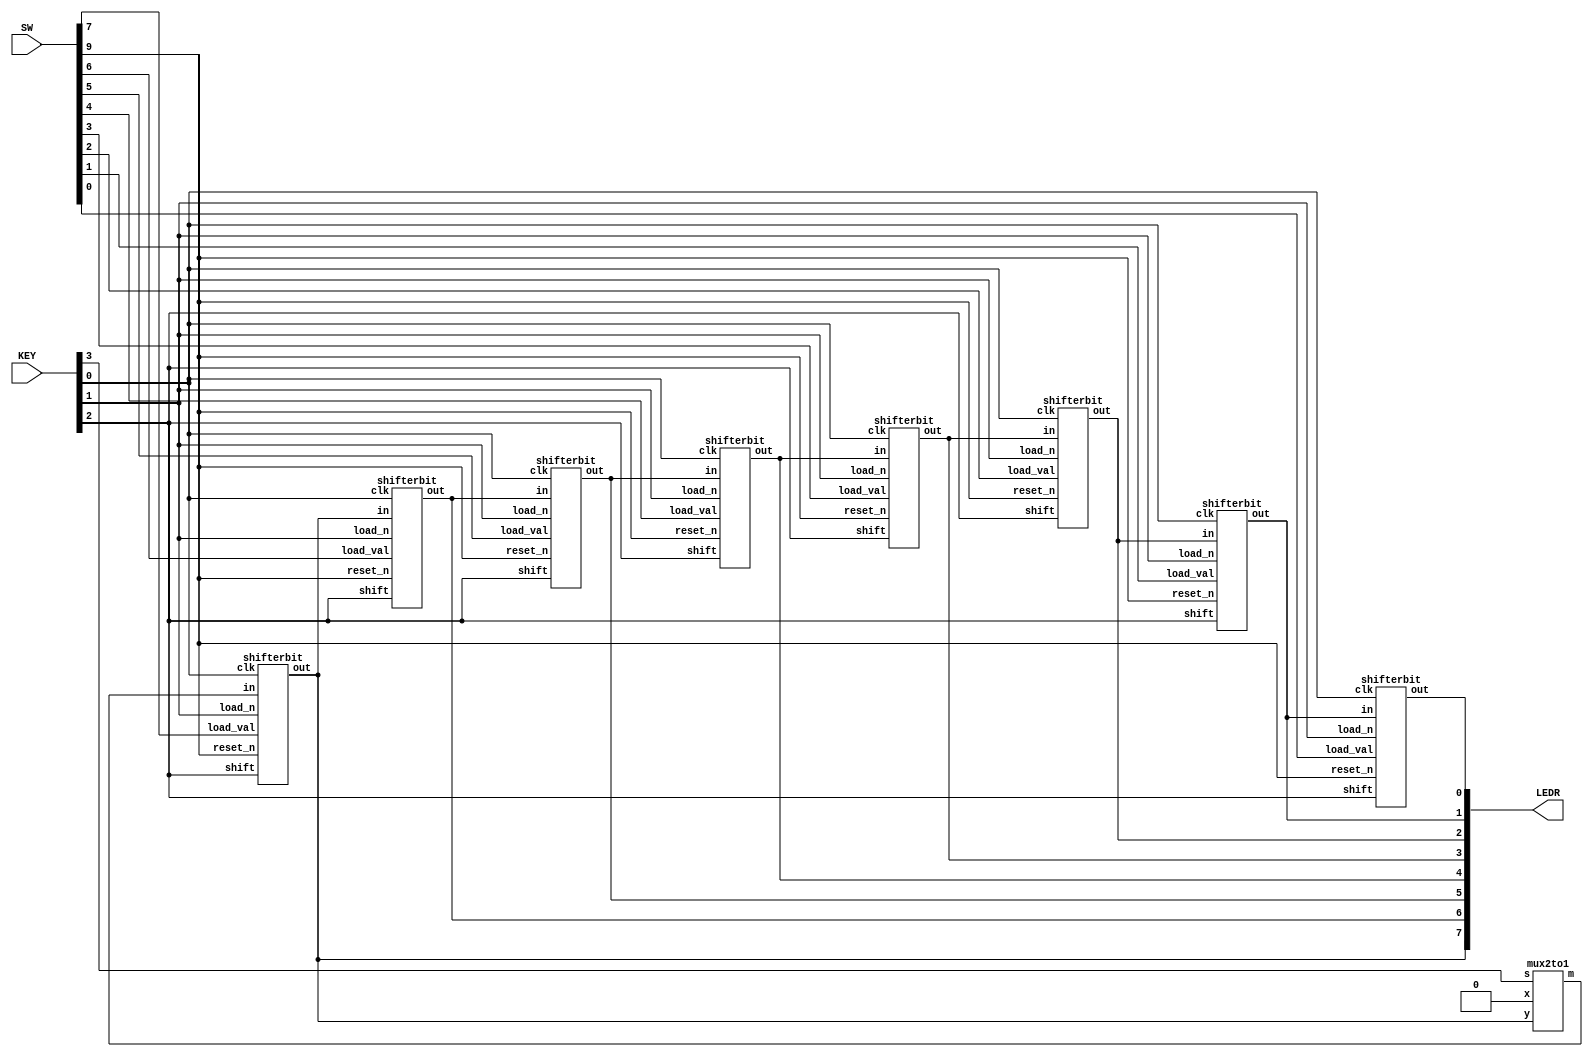
module lab4part3(SW, LEDR, KEY);
	input [9:0] SW;
	input [3:0] KEY;
	output [7:0] LEDR;
	wire [8:0] wire1;

	mux2to1 u0(1'b0, wire1[7], KEY[3], wire1[8]);

	shifterbit u1(
		.in(wire1[8]),
		.load_val(SW[7]),
		.shift(KEY[2]),
		.load_n(KEY[1]),
		.clk(KEY[0]),
		.reset_n(SW[9]),
		.out(wire1[7])
	);

	shifterbit u2(
		.in(wire1[7]),
		.load_val(SW[6]),
		.shift(KEY[2]),
		.load_n(KEY[1]),
		.clk(KEY[0]),
		.reset_n(SW[9]),
		.out(wire1[6])
	);

	shifterbit u3(
		.in(wire1[6]),
		.load_val(SW[5]),
		.shift(KEY[2]),
		.load_n(KEY[1]),
		.clk(KEY[0]),
		.reset_n(SW[9]),
		.out(wire1[5])
	);

	shifterbit u4(
		.in(wire1[5]),
		.load_val(SW[4]),
		.shift(KEY[2]),
		.load_n(KEY[1]),
		.clk(KEY[0]),
		.reset_n(SW[9]),
		.out(wire1[4])
	);

	shifterbit u5(
		.in(wire1[4]),
		.load_val(SW[3]),
		.shift(KEY[2]),
		.load_n(KEY[1]),
		.clk(KEY[0]),
		.reset_n(SW[9]),
		.out(wire1[3])
	);

	shifterbit u6(
		.in(wire1[3]),
		.load_val(SW[2]),
		.shift(KEY[2]),
		.load_n(KEY[1]),
		.clk(KEY[0]),
		.reset_n(SW[9]),
		.out(wire1[2])
	);

	shifterbit u7(
		.in(wire1[2]),
		.load_val(SW[1]),
		.shift(KEY[2]),
		.load_n(KEY[1]),
		.clk(KEY[0]),
		.reset_n(SW[9]),
		.out(wire1[1])
	);

	shifterbit u8(
		.in(wire1[1]),
		.load_val(SW[0]),
		.shift(KEY[2]),
		.load_n(KEY[1]),
		.clk(KEY[0]),
		.reset_n(SW[9]),
		.out(wire1[0])
	);

	assign LEDR[7:0] = wire1[7:0];
endmodule


module shifterbit(in, load_val, shift, load_n, clk, reset_n, out);
	input in, load_val, shift, load_n, clk, reset_n;
	output out;
	wire wire1, wire2;
	
	flipflop u0(
		.d(wire2),
		.clk(clk),
		.reset_n(reset_n),
		.q(out)
	);
	
	mux2to1 u1(
		.x(out),
		.y(in),
		.s(shift),
		.m(wire1)
	);
	
	mux2to1 u2(
		.x(load_val),
		.y(wire1),
		.s(load_n),
		.m(wire2)
	);
endmodule

module flipflop(d, clk, reset_n, q);
	input d;
	input clk, reset_n;
	output q;
	reg q;
	always @(posedge clk)
	begin
		if (reset_n == 1'b0)
			q <= 0;
		else
			q <= d;
	end
endmodule

module mux2to1(x, y, s, m);
    input x; //selected when s is 0
    input y; //selected when s is 1
    input s; //select signal
    output m; //output
  
    assign m = s & y | ~s & x;
    // OR
    // assign m = s ? y : x;

endmodule